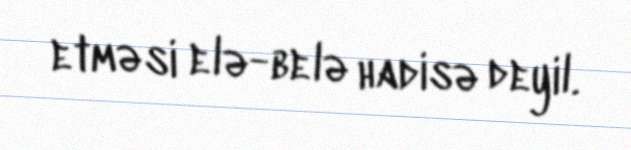
etməsi elə-belə hadisə deyil.